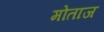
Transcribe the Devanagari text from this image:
मोताज